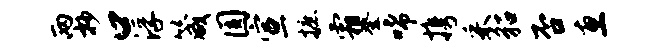
两抄口浮箴圆宣摭霜登唏携采貂否惠